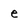
Character: e